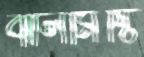
ঝালমিষ্টি